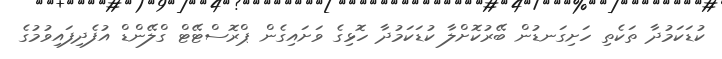
ކުޑަކަމުދާ ތަކެތި ހަށިގަނޑުން ބޭރުކޮށްލާ ކުޑަކަމުދާ ހޮޅިގެ ވަށައިގެން ޕްރޮސްޓޭޓް ގްލޭންޑް އުފެދިފައިވުމުގެ